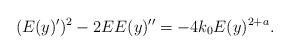
LaTeX: \begin{align*}(E(y)^\prime)^2-2EE(y)^{\prime\prime}=-4k_0E(y)^{2+a}.\end{align*}